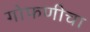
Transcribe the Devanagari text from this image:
गोफणीचा